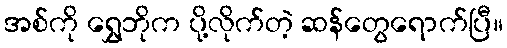
အစ်ကို ရွှေဘိုက ပို့လိုက်တဲ့ ဆန်တွေရောက်ပြီ။